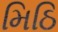
મિઠિ